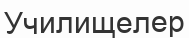
Училищелер